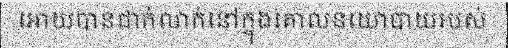
អោយបានជាក់លាក់នៅក្នុងគោលនយោបាយរបស់